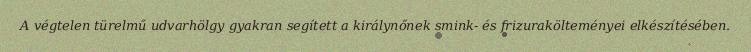
A végtelen türelmű udvarhölgy gyakran segített a királynőnek smink- és frizurakölteményei elkészítésében.